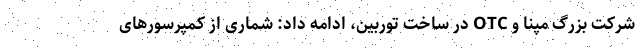
شرکت بزرگ مپنا و OTC در ساخت توربین، ادامه داد: شماری از کمپرسورهای